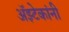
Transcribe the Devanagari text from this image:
अॅझ्टेकांनी